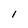
Character: 1